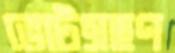
ভোটগ্রহণ